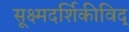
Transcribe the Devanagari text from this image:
सूक्ष्मदर्शिकीविद्